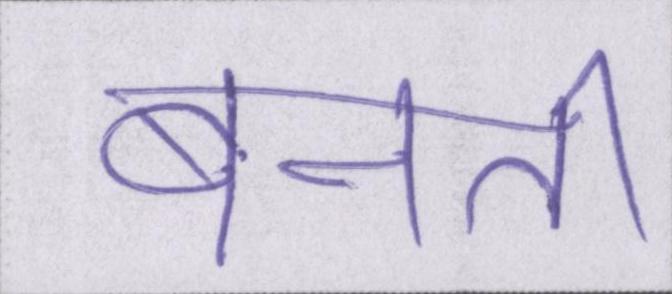
बनती